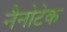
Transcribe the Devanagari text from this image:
नैनोटेक